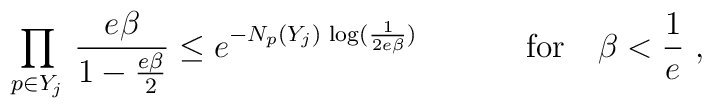
\left. \prod_{p \in Y_{j}} \, \frac{e \beta}{1- \frac{e \beta}{2}} \leq e^{- N_{p}(Y_{j}) \, \log (\frac{1}{2 e \beta})}  \ \ \ \ \ \ \ \ \ \ \mbox{for} \ \ \ \beta < \frac{1}{e} \ , \right.